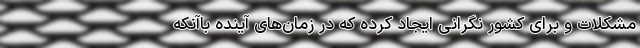
مشکلات و برای کشور نگرانی ایجاد کرده که در زمان‌های آینده باآنکه